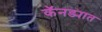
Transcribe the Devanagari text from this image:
कॅनड्यात